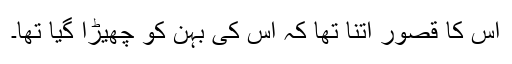
اس کا قصور اتنا تھا کہ اس کی بہن کو چھیڑا گیا تھا۔